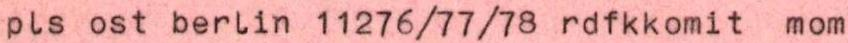
pls ost berlin 11276/77/78 rdfkkomit mom